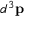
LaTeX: d ^ { 3 } { \bf { p } }